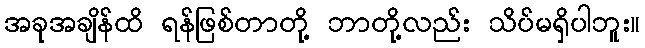
အခုအချိန်ထိ ရန်ဖြစ်တာတို့ ဘာတို့လည်း သိပ်မရှိပါဘူး။